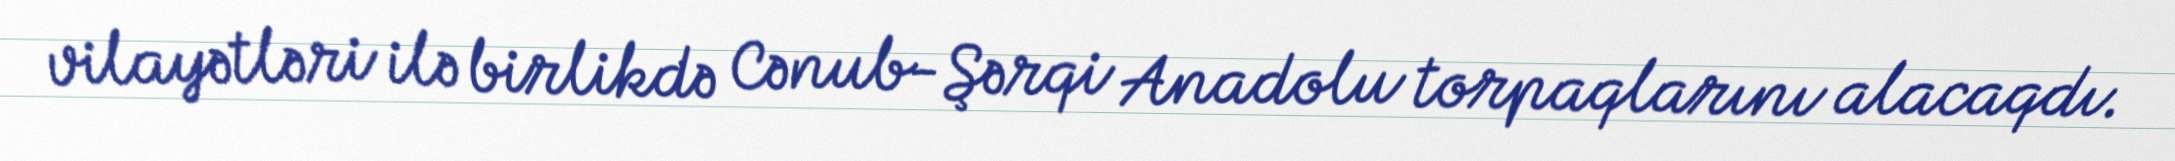
vilayətləri ilə birlikdə Cənub-Şərqi Anadolu torpaqlarını alacaqdı.